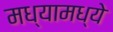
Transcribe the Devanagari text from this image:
मध्यामध्ये